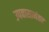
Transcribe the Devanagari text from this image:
उपवासानंतर